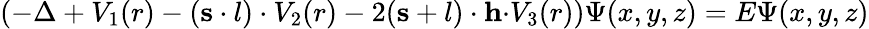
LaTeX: \left(-\Delta+V_{1}(r)-\left({\mathbf s\cdot l}\right)\cdot V_{2}(r)-2({\mathbf s+l})\cdot{\mathbf h\cdot}V_{3}(r)\right)\Psi(x,y,z)=E\Psi(x,y,z)